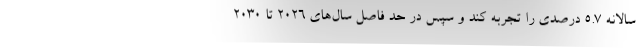
سالانه ۵.۷ درصدی را تجربه کند و سپس در حد فاصل سال‌های ۲۰۲۶ تا ۲۰۳۰